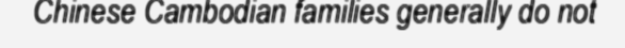
Chinese Cambodian families generally do not